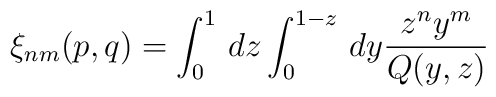
\xi_{n m}(p,q) = \int^1_0 \, dz \int^{1-z}_0\, dy {z^n y^m\over Q (y, z)}